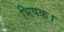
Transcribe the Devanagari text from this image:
भिषक।